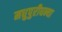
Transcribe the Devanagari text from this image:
मधुपुरीधन्या